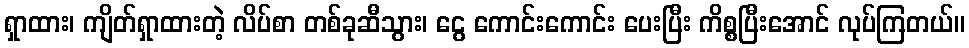
ရှာထား၊ ကျိတ်ရှာထားတဲ့ လိပ်စာ တစ်ခုဆီသွား၊ ငွေ ကောင်းကောင်း ပေးပြီး ကိစ္စပြီးအောင် လုပ်ကြတယ်။